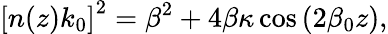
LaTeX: \left[n(z)k_{0}\right]^{2}=\beta^{2}+4\beta\kappa\cos\left(2\beta_{0}z\right),